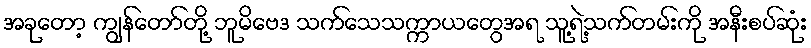
အခုတော့ ကျွန်တော်တို့ ဘူမိဗေဒ သက်သေသက္ကာယတွေအရ သူ့ရဲ့သက်တမ်းကို အနီးစပ်ဆုံး